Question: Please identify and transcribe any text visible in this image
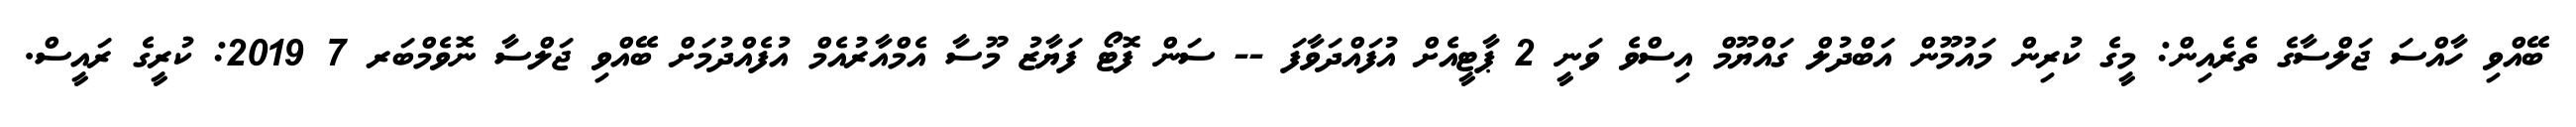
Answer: ބޭއްވި ހާއްސަ ޖަލްސާގެ ތެރެއިން: މީގެ ކުރިން މައުމޫން އަބްދުލް ގައްޔޫމް އިސްވެ ވަނީ 2 ޕާޓީއެށް އުފައްދަވާފަ -- ސަން ފޮޓޯ ފަޔާޒު މޫސާ އެމްއާރުއެމް އުފެއްދުމަށް ބޭއްވި ޖަލްސާ ނޮވެމްބަރ 7 2019: ކުރީގެ ރައީސް.